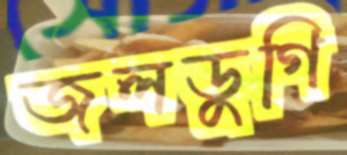
জলডুগি